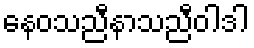
နေဝသညီနာသညီဝါဒါ